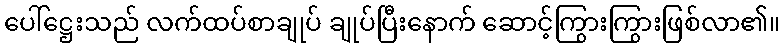
ပေါ်ဋ္ဌေးသည် လက်ထပ်စာချုပ် ချုပ်ပြီးနောက် ဆောင့်ကြွားကြွားဖြစ်လာ၏။